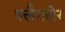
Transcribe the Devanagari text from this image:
फ्लैगलेर